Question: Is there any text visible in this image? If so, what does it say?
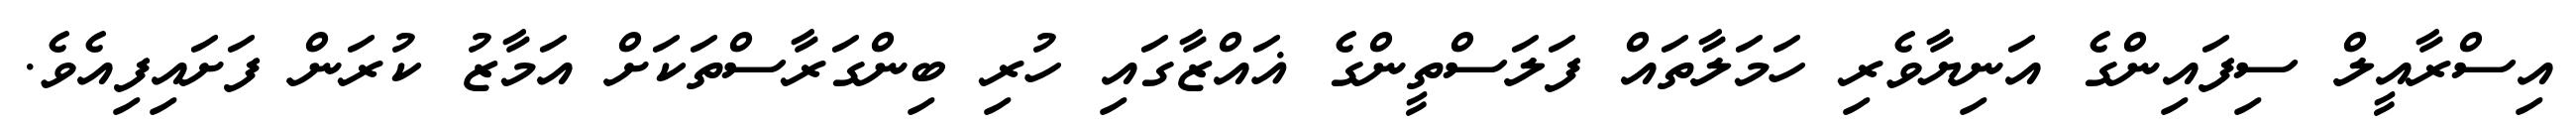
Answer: އިސްރާއީލް ސިފައިންގެ އަނިޔާވެރި ހަމަލާތައް ފަލަސްތީންގެ ޣައްޒާގައި ހުރި ބިންގަރާސްތަކަށް އަމާޒު ކުރަން ފަށައިފިއެވެ.